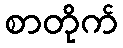
စာတိုက်